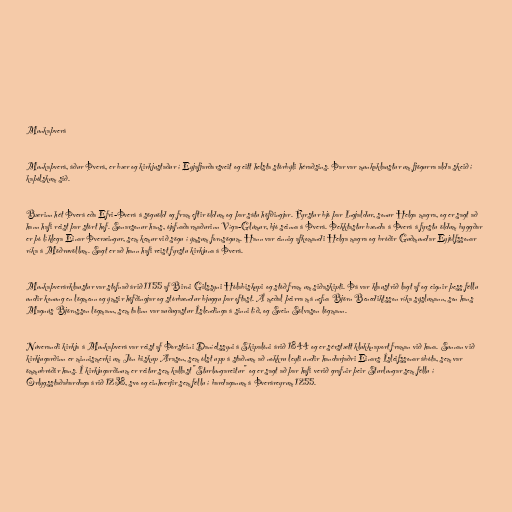
Munkaþverá

Munkaþverá, áður Þverá, er bær og kirkjustaður í Eyjafjarðarsveit og eitt helsta stórbýli héraðsins. Þar var munkaklaustur um fjögurra alda skeið í
kaþólskum sið.

Bærinn hét Þverá eða Efri-Þverá á söguöld og fram eftir öldum og þar sátu höfðingjar. Fyrstur bjó þar Ingjaldur, sonur Helga magra, og er sagt að
hann hafi reist þar stórt hof. Sonarsonur hans, ójafnaðarmaðurinn Víga-Glúmur, bjó seinna á Þverá. Þekktastur bænda á Þverá á fyrstu öldum byggðar
er þó líklega Einar Þveræingur, sem kemur við sögu í ýmsum fornsögum. Hann var einnig afkomandi Helga magra og bróðir Guðmundar Eyjólfssonar
ríka á Möðruvöllum. Sagt er að hann hafi reist fyrstu kirkjuna á Þverá.

Munkaþverárklaustur var stofnað árið 1155 af Birni Gilssyni Hólabiskupi og stóð fram um siðaskipti. Þá var klaustrið lagt af og eignir þess féllu
undir konung en lögmenn og ýmsir höfðingjar og stórbændur bjuggu þar oftast. Á meðal þeirra má nefna Björn Benediktsson ríka sýslumann, son hans
Magnús Björnsson lögmann, sem talinn var auðugastur Íslendinga á sinni tíð, og Svein Sölvason lögmann.

Núverandi kirkja á Munkaþverá var reist af Þorsteini Daníelssyni á Skipalóni árið 1844 og er sérstætt klukknaport framan við hana. Sunnan við
kirkjugarðinn er minnismerki um Jón biskup Arason, sem ólst upp á staðnum að nokkru leyti undir handarjaðri Einars Ísleifssonar ábóta, sem var
ömmubróðir hans. Í kirkjugarðinum er reitur sem kallast "Sturlungareitur" og er sagt að þar hafi verið grafnir þeir Sturlungar sem féllu í
Örlygsstaðabardaga árið 1238, svo og einhverjir sem féllu í bardaganum á Þveráreyrum 1255.